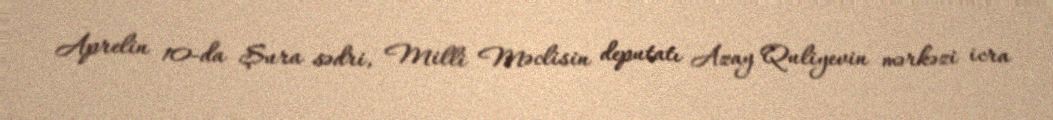
Aprelin 10-da Şura sədri, Milli Məclisin deputatı Azay Quliyevin mərkəzi icra